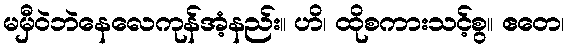
မမှီဝဲဘဲနေလေကုန်အံ့နည်း။ ဟိ၊ ထိုစကားသင့်စွ။ ဧတေ၊